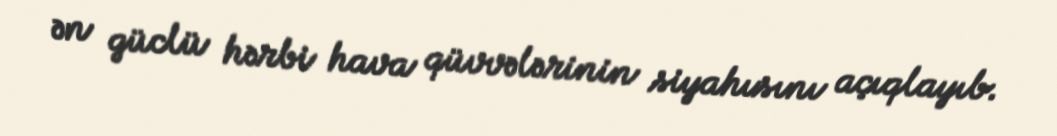
ən güclü hərbi hava qüvvələrinin siyahısını açıqlayıb.